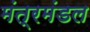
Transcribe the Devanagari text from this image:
मंत्रमंडल